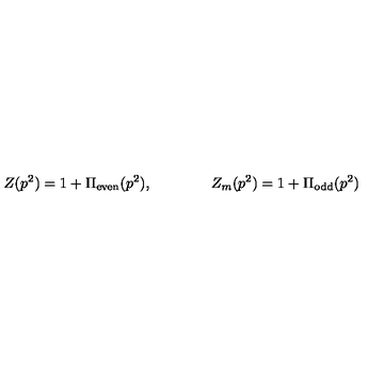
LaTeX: Z ( p ^ { 2 } ) = 1 + \Pi _ { \mathrm { e v e n } } ( p ^ { 2 } ) , \qquad \qquad Z _ { m } ( p ^ { 2 } ) = 1 + \Pi _ { \mathrm { o d d } } ( p ^ { 2 } )